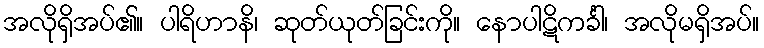
အလိုရှိအပ်၏။ ပါရိဟာနိ၊ ဆုတ်ယုတ်ခြင်းကို။ နောပါဋိကင်္ခါ၊ အလိုမရှိအပ်။